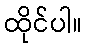
ထိုင်ပါ။